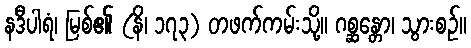
နဒီပါရံ၊ မြစ်၏ (နိ၊ ၁၇၃) တဖက်ကမ်းသို့။ ဂစ္ဆန္တော၊ သွားစဉ်။